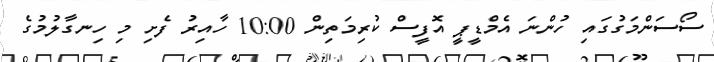
ސޯސަންމަގުގައި ހުންނަ އެމްޑީޕީ އޮފީސް ކުރިމަތިން 10:00 ހާއިރު ފެށި މި ހިނގާލުމުގެ